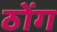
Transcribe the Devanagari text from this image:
ठोंग